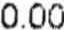
0.00